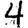
Digit: 4